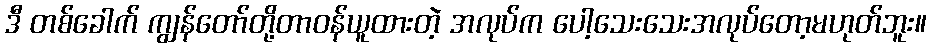
ဒီ တစ်ခေါက် ကျွန်တော်တို့တာဝန်ယူထားတဲ့ အလုပ်က ပေါ့သေးသေးအလုပ်တော့မဟုတ်ဘူး။